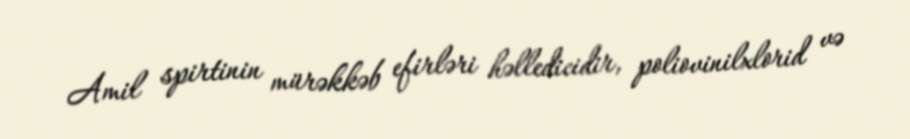
Amil spirtinin mürəkkəb efirləri həlledicidir, poliovinilxlorid və